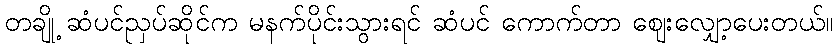
တချို့ ဆံပင်ညှပ်ဆိုင်က မနက်ပိုင်းသွားရင် ဆံပင် ကောက်တာ ဈေးလျှော့ပေးတယ်။